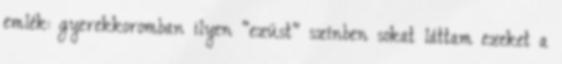
emlék: gyerekkoromban ilyen "ezüst" színben sokat láttam ezeket a